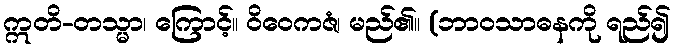
ဣတိ-တသ္မာ၊ ကြောင့်။ ဝိဝေကဇံ၊ မည်၏။ (ဘာဝသာဓနကို ရည်၍